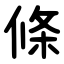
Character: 條